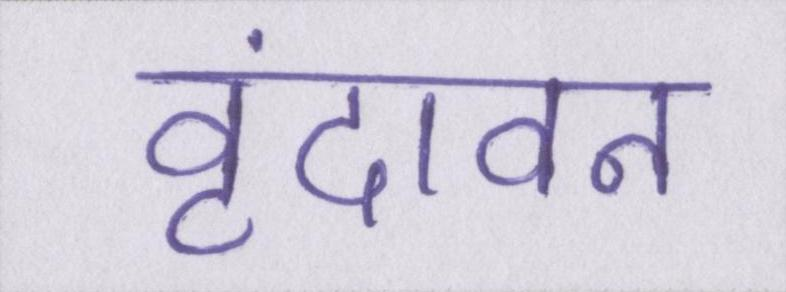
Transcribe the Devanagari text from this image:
वृंदावन